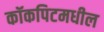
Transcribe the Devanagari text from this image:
कॉकपिटमधील